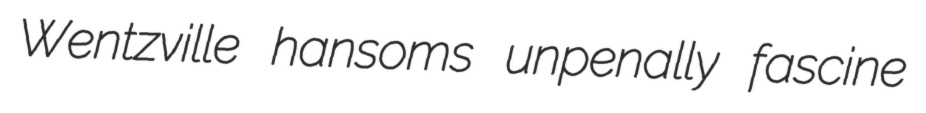
Wentzville hansoms unpenally fascine